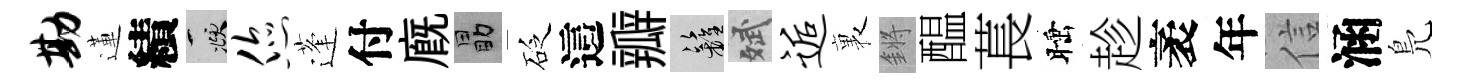
勘蓮績頫您蓬付廐勗砭這瓣籬斌逅裏鏘醖萇睡趁袤年信涵鳬